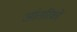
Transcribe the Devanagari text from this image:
आंतरिकों